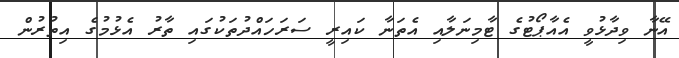
އޭނާ ވިދާޅުވީ އެއާޕޯޓުގެ ޓާމިނަލާއި އެތަނާ ކައިރީ ސަރަހައްދުތަކުގައި ތާރު އެޅުމުގެ އިތުރުން